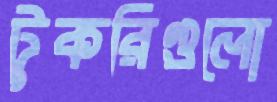
টুকরিগুলো